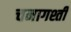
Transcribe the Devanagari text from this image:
चनागश्ती